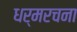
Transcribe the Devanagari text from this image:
धर्मरचना